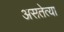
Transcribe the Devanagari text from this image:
असतेत्या